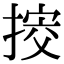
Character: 𢯴